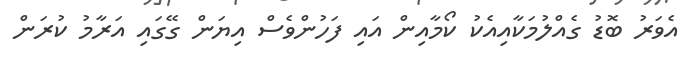
އެވަރު ބޮޑު ގެއްލުމަކާއިއެކު ކޯމާއިން އައި ފަހުންވެސް އިޔަން ގޭގައި އަރާމު ކުރަން